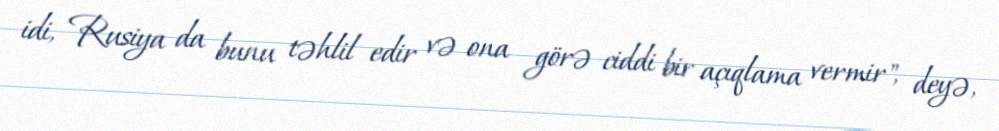
idi, Rusiya da bunu təhlil edir və ona görə ciddi bir açıqlama vermir", deyə,